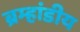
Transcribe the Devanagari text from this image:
ब्रम्हांडीय